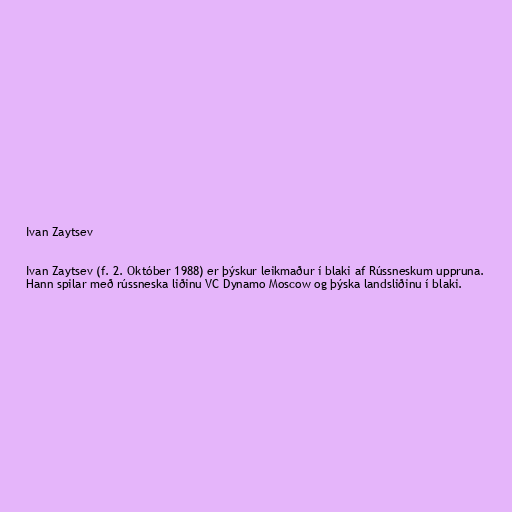
Ivan Zaytsev

Ivan Zaytsev (f. 2. Október 1988) er þýskur leikmaður í blaki af Rússneskum uppruna.
Hann spilar með rússneska liðinu VC Dynamo Moscow og þýska landsliðinu í blaki.